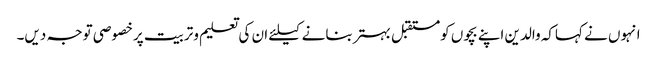
انہوں نے کہاکہ والدین اپنے بچوں کومستقبل بہتربنانے کیلئے ان کی تعلیم وتربیت پرخصوصی توجہ دیں۔